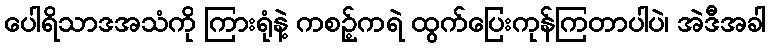
ပေါရိသာဒအသံကို ကြားရုံနဲ့ ကစဉ့်ကရဲ ထွက်ပြေးကုန်ကြတာပါပဲ၊ အဲဒီအခါ